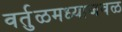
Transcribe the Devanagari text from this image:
वर्तुळमध्याजवळ